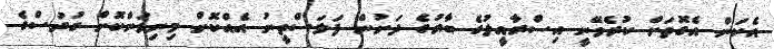
އެކަން އެގޮތަށް ކުރެވޭނީ އިސްރާއީލުގެ ބާރުގެ ދަށުން ފަލަސްތީނު އެއްކޮށް މިނިވަންކޮށް ގުދުސްގެ